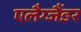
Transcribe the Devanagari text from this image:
एलैग्जैंडर